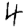
Digit: 4